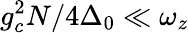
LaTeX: g_{c}^{2}N/4\Delta_{0}\ll\omega_{z}